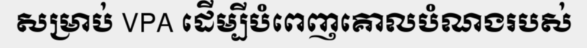
សម្រាប់ VPA ដើម្បីបំពេញគោលបំណងរបស់